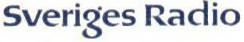
Sveriges Radio